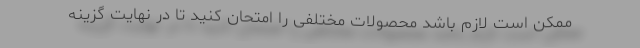
ممکن است لازم باشد محصولات مختلفی را امتحان کنید تا در نهایت گزینه